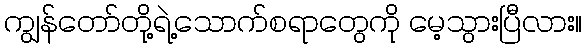
ကျွန်တော်တို့ရဲ့သောက်စရာတွေကို မေ့သွားပြီလား။